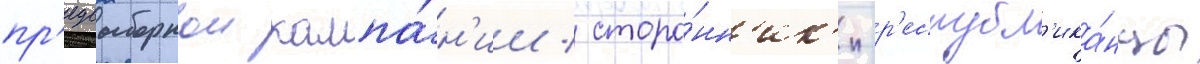
пр'едвыборнои кампа́н'ии / сторо́нн'ик'и-р'еспубл'ика́нцы